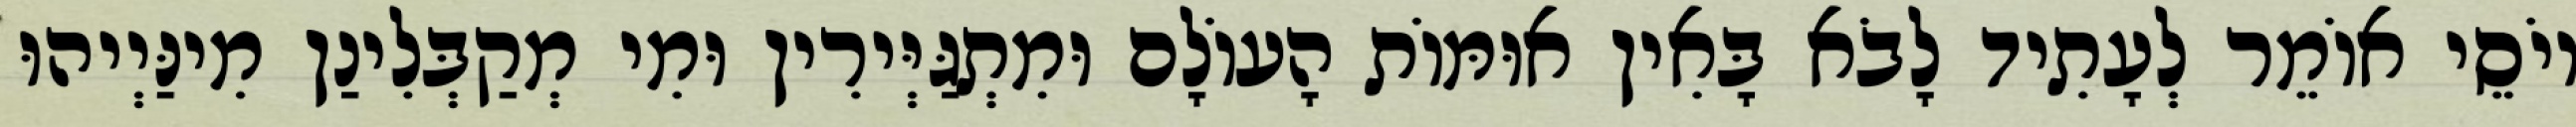
יוֹסֵי אוֹמֵר לְעָתִיד לָבֹא בָּאִין אוּמּוֹת הָעוֹלָם וּמִתְגַּיְּירִין וּמִי מְקַבְּלִינַן מִינַּיְיהוּ